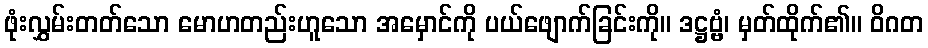
ဖုံးလွှမ်းတတ်သော မောဟတည်းဟူသော အမှောင်ကို ပယ်ဖျောက်ခြင်းကို။ ဒဋ္ဌဗ္ဗံ၊ မှတ်ထိုက်၏။ ဝိဂတ